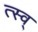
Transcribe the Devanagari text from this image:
त्स्व्